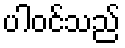
ပါဝင်သည်